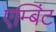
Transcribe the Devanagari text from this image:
एम्बिंट